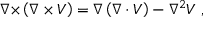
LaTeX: { \boldsymbol { \nabla \times } } \left( { \boldsymbol { \nabla \times V } } \right) = { \boldsymbol { \nabla } } \left( { \boldsymbol { \nabla \cdot V } } \right) - \nabla ^ { 2 } { \boldsymbol { V } } \ ,